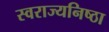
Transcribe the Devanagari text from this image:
स्वराज्यनिष्ठा